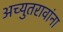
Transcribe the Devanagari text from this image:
अच्युतरावांना